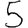
Digit: 5